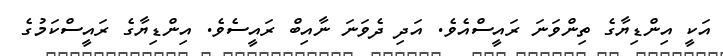
އަކީ އިންޑިޔާގެ ތިންވަނަ ރައީސްއެވެ. އަދި ދެވަނަ ނާއިބް ރައީސެވެ. އިންޑިޔާގެ ރައީސްކަމުގެ